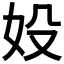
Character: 𡚾